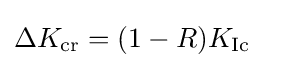
{\begin{aligned}\Delta K_{\text{cr}}&=(1-R)K_{\text{Ic}}\end{aligned}}